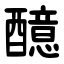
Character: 醷